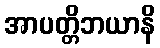
အာပတ္တိဘယာနိ